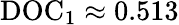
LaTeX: \mathrm{DOC}_{1}\approx 0.513